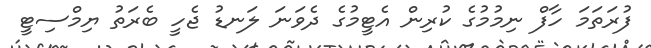
ފުރަތަމަ ހާފް ނިމުމުގެ ކުރިން އެޓީމުގެ ދެވަނަ ލަނޑު ޖެހީ ބެރަތު ޔިމްސިޓީ